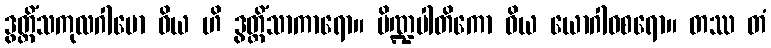
ဒွတ္တိံသကုလဂါမော ဝိယ ဟိ ဒွတ္တိံသာကာရော။ ပိဏ္ဍပါတိကော ဝိယ ယောဂါဝစရော။ တဿ တံ